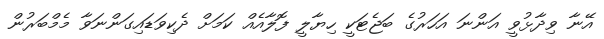
އޭނާ ވިދާޅުވީ އަންނަ އަހަރުގެ ބަޖެޓަކީ ހިޔާލީ ފޮލާއެއް ކަމަށް ދެކިވަޑައިގަންނަވާ މެމްބަރުން